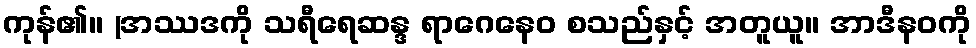
ကုန်၏။ (အဿဒကို သရီရေဆန္ဒ ရာဂေနေဝ စသည်နှင့် အတူယူ။ အာဒီနဝကို